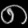
Digit: ၈